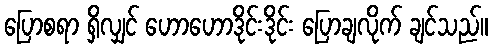
ပြောစရာ ရှိလျှင် ဟောဟောဒိုင်းဒိုင်း ပြောချလိုက် ချင်သည်။